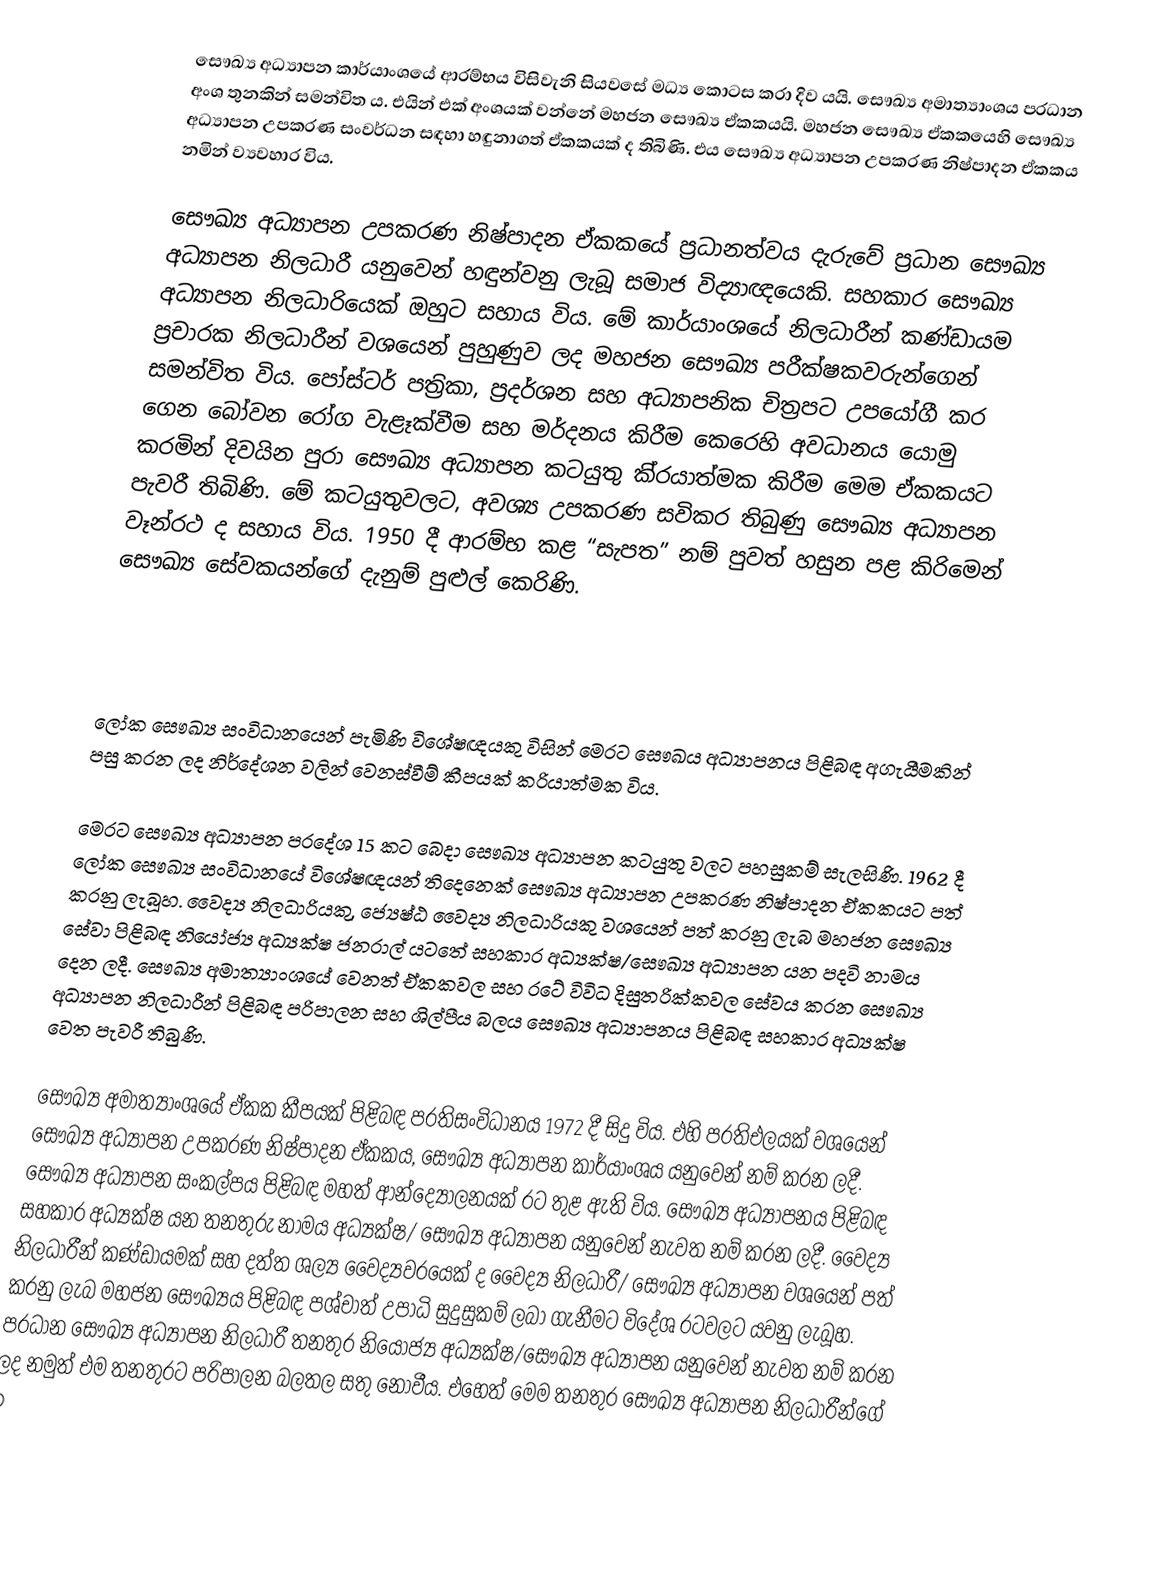
සෞඛ්‍ය අධ්‍යාපන කාර්යාංශයේ ආරම්භය විසිවැනි සියවසේ මධ්‍ය කොටස කරා දිව යයි. සෞඛ්‍ය අමාත්‍යාංශය ප‍්‍රධාන අංශ තුනකින් සමන්විත ය. එයින් එක් අංශයක් වන්නේ මහජන සෞඛ්‍ය ඒකකයයි. මහජන සෞඛ්‍ය ඒකකයෙහි සෞඛ්‍ය අධ්‍යාපන උපකරණ සංවර්ධන සඳහා හඳුනාගත් ඒකකයක් ද තිබිණි. එය සෞඛ්‍ය අධ්‍යාපන උපකරණ නිෂ්පාදන ඒකකය නමින් ව්‍යවහාර විය.

සෞඛ්‍ය අධ්‍යාපන උපකරණ නිෂ්පාදන ඒකකයේ ප‍්‍රධානත්වය දැරුවේ ප‍්‍රධාන සෞඛ්‍ය අධ්‍යාපන නිලධාරී යනුවෙන් හඳුන්වනු ලැබූ සමාජ විද්‍යාඥයෙකි. සහකාර සෞඛ්‍ය අධ්‍යාපන නිලධාරියෙක් ඔහුට සහාය විය. මේ කාර්යාංශයේ නිලධාරීන් කණ්ඩායම ප‍්‍රචාරක නිලධාරීන් වශයෙන් පුහුණුව ලද මහජන සෞඛ්‍ය පරීක්ෂකවරුන්ගෙන් සමන්විත විය. පෝස්ටර් පත‍්‍රිකා, ප‍්‍රදර්ශන සහ අධ්‍යාපනික චිත‍්‍රපට උපයෝගී කර ගෙන බෝවන රෝග වැළෑක්වීම සහ මර්දනය කිරීම කෙරෙහි අවධානය යොමු කරමින් දිවයින පුරා සෞඛ්‍ය අධ්‍යාපන කටයුතු කි‍්‍රයාත්මක කිරීම මෙම ඒකකයට පැවරී තිබිණි. මේ කටයුතුවලට, අවශ්‍ය උපකරණ සවිකර තිබුණු සෞඛ්‍ය අධ්‍යාපන වෑන්රථ ද සහාය විය. 1950 දී ආරම්භ කළ “සැපත” නම් පුවත් හසුන පළ කිරිමෙන් සෞඛ්‍ය සේවකයන්ගේ දැනුම් පුළුල් කෙරිණි.

ලෝක සෞඛ්‍ය සංවිධානයෙන් පැමිණි විශේෂඥයකු විසින් මෙරට සෞඛය අධ්‍යාපනය පිළිබඳ අගැයීමකින් පසු කරන ලද නිර්දේශන වලින් වෙනස්වීම් කීපයක් ක‍්‍රියාත්මක විය.

මෙරට සෞඛ්‍ය අධ්‍යාපන ප‍්‍රදේශ 15 කට බෙදා සෞඛ්‍ය අධ්‍යාපන කටයුතු වලට පහසුකම් සැලසිණි. 1962 දී ලෝක සෞඛ්‍ය සංවිධානයේ විශේෂඥයන් තිදෙනෙක් සෞඛ්‍ය අධ්‍යාපන උපකරණ නිෂ්පාදන ඒකකයට පත් කරනු ලැබූහ. වෛද්‍ය නිලධාරියකු, ජ්‍යෙෂ්ඨ වෛද්‍ය නිලධාරියකු වශයෙන් පත් කරනු ලැබ මහජන සෞඛ්‍ය සේවා පිළිබඳ නියෝජ්‍ය අධ්‍යක්ෂ ජනරාල් යටතේ සහකාර අධ්‍යක්ෂ/සෞඛ්‍ය අධ්‍යාපන යන පදවි නාමය දෙන ලදී. සෞඛ්‍ය අමාත්‍යාංශයේ වෙනත් ඒකකවල සහ රටේ විවිධ දිසුත‍්‍රික්කවල සේවය කරන සෞඛ්‍ය අධ්‍යාපන නිලධාරීන් පිළිබඳ පරිපාලන සහ ශිල්පීය බලය සෞඛ්‍ය අධ්‍යාපනය පිළිබඳ සහකාර අධ්‍යක්ෂ වෙත පැවරී තිබුණි.

සෞඛ්‍ය අමාත්‍යාංශයේ ඒකක කීපයක් පිළිබඳ ප‍්‍රතිසංවිධානය 1972 දී සිදු විය. එහි ප‍්‍රතිඑලයක් වශයෙන් සෞඛ්‍ය අධ්‍යාපන උපකරණ නිෂ්පාදන ඒකකය, සෞඛ්‍ය අධ්‍යාපන කාර්යාංශය යනුවෙන් නම් කරන ලදී. සෞඛ්‍ය අධ්‍යාපන සංකල්පය පිළිබඳ මහත් ආන්ද්‍යෝලනයක් රට තුළ ඇති විය. සෞඛ්‍ය අධ්‍යාපනය පිළිබඳ සහකාර අධ්‍යක්ෂ යන තනතුරු නාමය අධ්‍යක්ෂ/ සෞඛ්‍ය අධ්‍යාපන යනුවෙන් නැවත නම් කරන ලදී. වෛද්‍ය නිලධාරීන් කණ්ඩායමක් සහ දත්ත ශල්‍ය වෛද්‍යවරයෙක් ද වෛද්‍ය නිලධාරී/ සෞඛ්‍ය අධ්‍යාපන වශයෙන් පත් කරනු ලැබ මහජන සෞඛ්‍යය පිළිබඳ පශ්චාත් උපාධි සුදුසුකම් ලබා ගැනීමට විදේශ රටවලට යවනු ලැබූහ. ප‍්‍රධාන සෞඛ්‍ය අධ්‍යාපන නිලධාරී තනතුර නියෝජ්‍ය අධ්‍යක්ෂ/සෞඛ්‍ය අධ්‍යාපන යනුවෙන් නැවත නම් කරන ලද නමුත් එම තනතුරට පරිපාලන බලතල සතු නොවීය. එහෙත් මෙම තනතුර සෞඛ්‍ය අධ්‍යාපන නිලධාරීන්ගේ ඉ